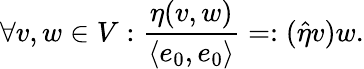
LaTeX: \forall v,w\in V:\frac{\eta(v,w)}{\langle e_{0},e_{0}\rangle}=:(\widehat\eta v)w.